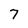
Character: 7